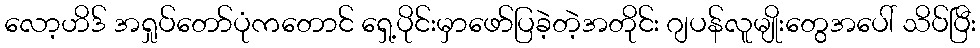
လော့ဟိဒ် အရှုပ်တော်ပုံကတောင် ရှေ့ပိုင်းမှာဖော်ပြခဲ့တဲ့အတိုင်း ဂျပန်လူမျိုးတွေအပေါ် သိပ်ပြီး